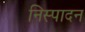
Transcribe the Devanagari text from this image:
निस्पादन